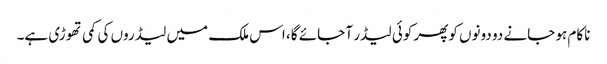
ناکام ہو جانے دو دونوں کوپھر کوئی لیڈر آ جائے گا، اس ملک میں لیڈروں کی کمی تھوڑی ہے۔